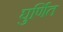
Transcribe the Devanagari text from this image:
घुर्णित